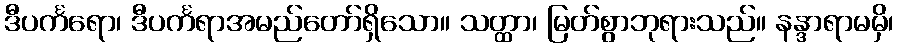
ဒီပင်္ကရော၊ ဒီပင်္ကရာအမည်တော်ရှိသော။ သတ္ထာ၊ မြတ်စွာဘုရားသည်။ နန္ဒာရာမမှိ၊